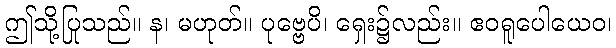
ဤသို့ပြုသည်။ န၊ မဟုတ်။ ပုဗ္ဗေပိ၊ ရှေး၌လည်း။ ဧဝရူပေါယေဝ၊